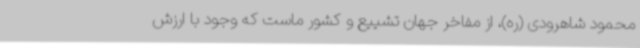
محمود شاهرودی (ره)، از مفاخر جهان تشییع و کشور ماست که وجود با ارزش